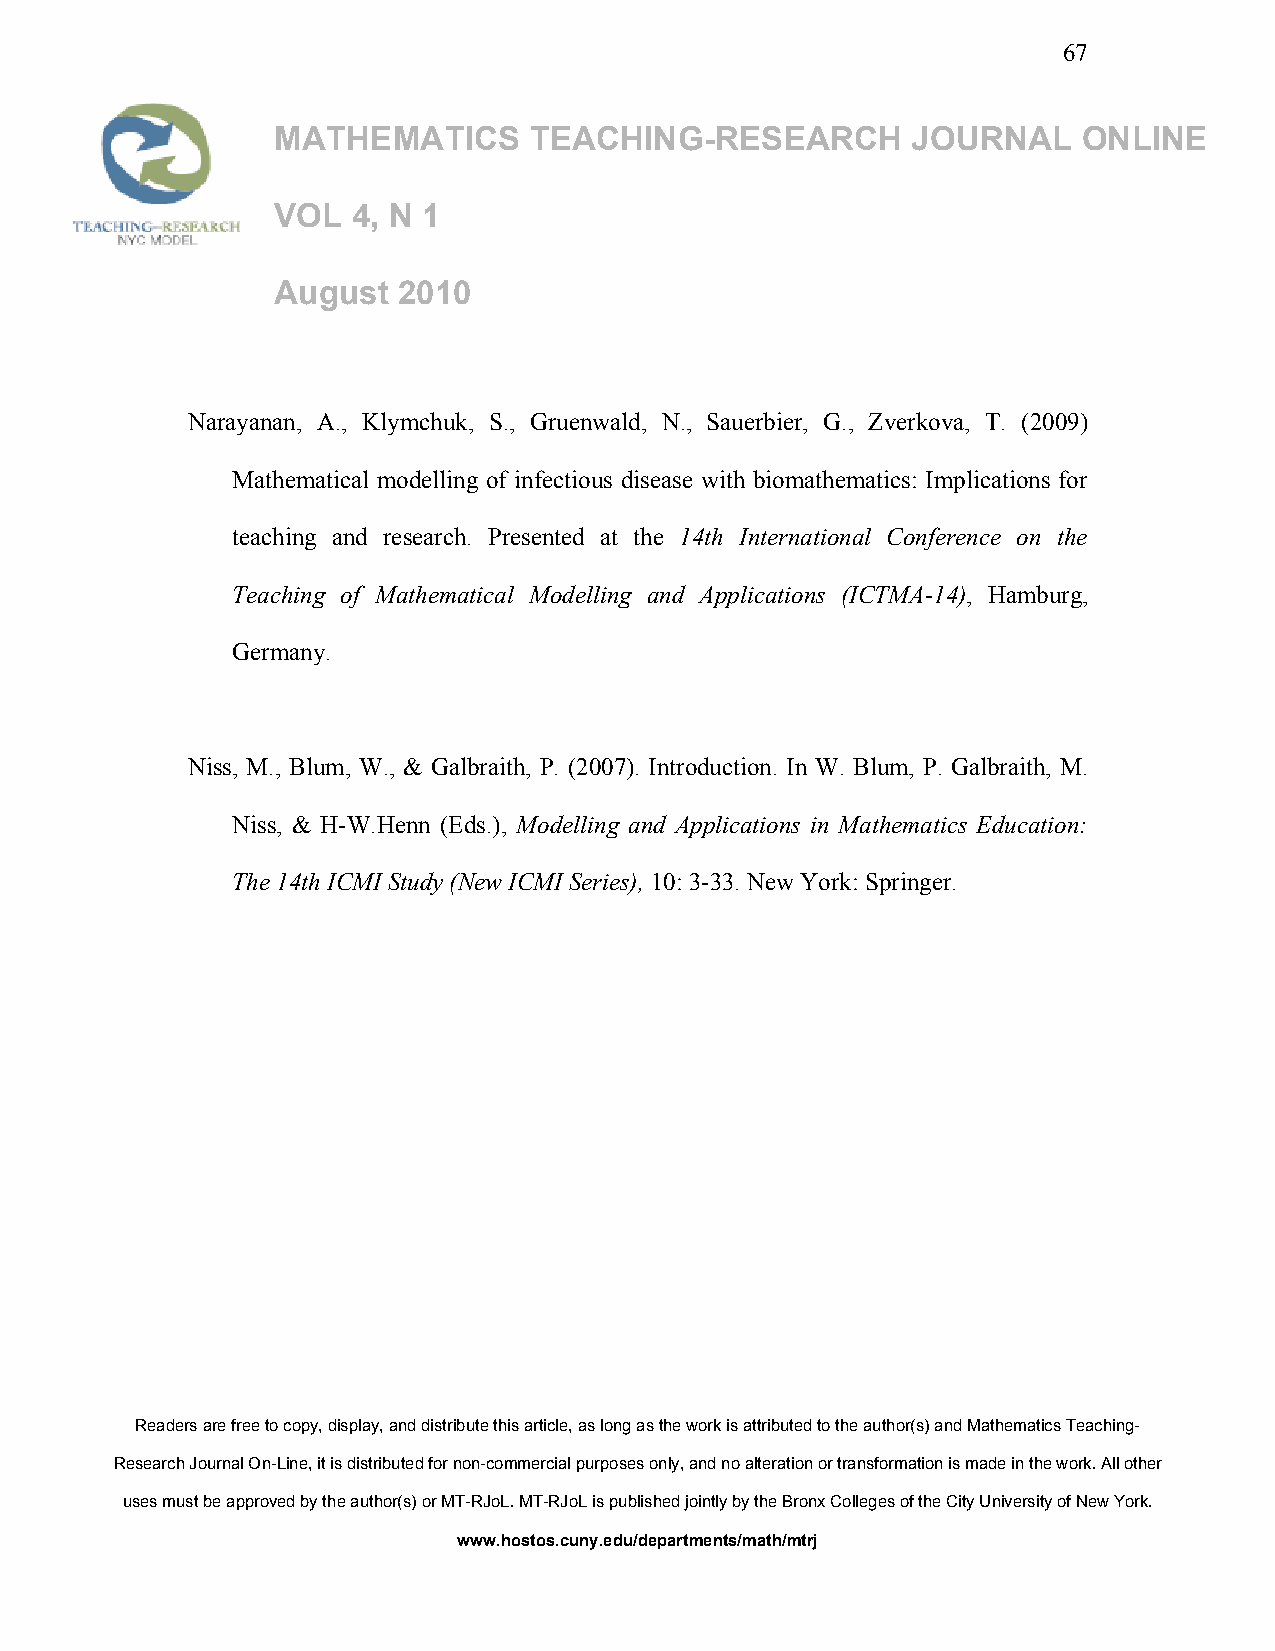
67
 MATHEMATICS      TEACHING-RESEARCH        JOURNAL     ONLINE
 VOL  4, N 1
 August  2010
 Narayanan, A., Klymchuk, S., Gruenwald, N., Sauerbier, G., Zverkova, T. (2009)
 Mathematical modelling of infectious disease with biomathematics: Implications for
 teaching and research. Presented at the 14th International Conference on the
 Teaching of Mathematical Modelling and Applications (ICTMA-14), Hamburg,
 Germany.
 Niss, M., Blum, W., & Galbraith, P. (2007). Introduction. In W. Blum, P. Galbraith, M.
 Niss, & H-W.Henn (Eds.), Modelling and Applications in Mathematics Education:
 The 14th ICMI Study (New ICMI Series), 10: 3-33. New York: Springer.
 Readers are free to copy, display, and distribute this article, as long as the work is attributed to the author(s) and Mathematics Teaching-
 Research Journal On-Line, it is distributed for non-commercial purposes only, and no alteration or transformation is made in the work. All other
 uses must be approved by the author(s) or MT-RJoL. MT-RJoL is published jointly by the Bronx Colleges of the City University of New York.
 www.hostos.cuny.edu/departments/math/mtrj